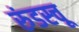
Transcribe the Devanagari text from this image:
रुंडस्चू